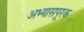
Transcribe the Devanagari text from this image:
अभ्यासपूरक